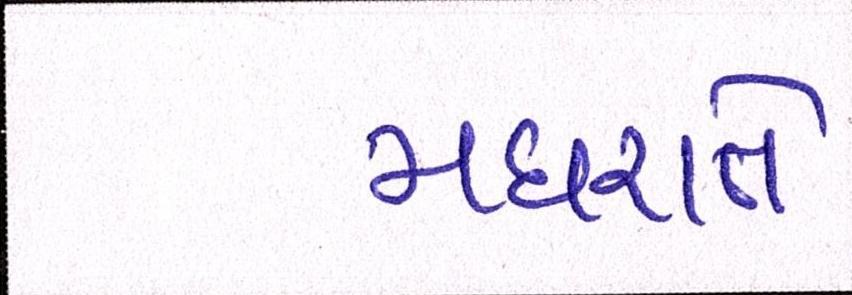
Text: મધરાતે